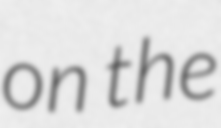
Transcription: on the